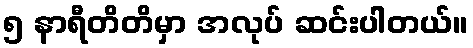
၅ နာရီတိတိမှာ အလုပ် ဆင်းပါတယ်။